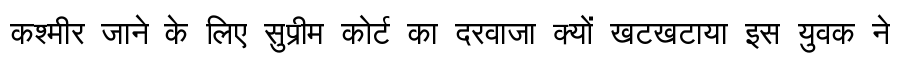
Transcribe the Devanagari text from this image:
कश्मीर जाने के लिए सुप्रीम कोर्ट का दरवाजा क्यों खटखटाया इस युवक ने